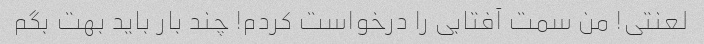
لعنتی! من سمت آفتابی را درخواست کردم! چند بار باید بهت بگم